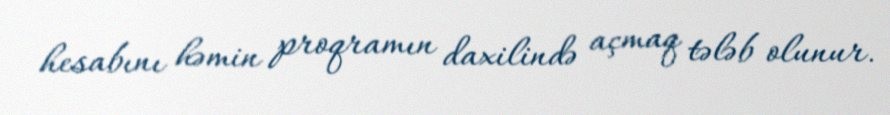
hesabını həmin proqramın daxilində açmaq tələb olunur.